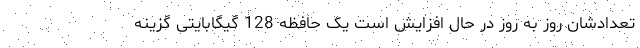
تعدادشان روز به روز در حال افزایش است یک حافظه 128 گیگابایتی گزینه